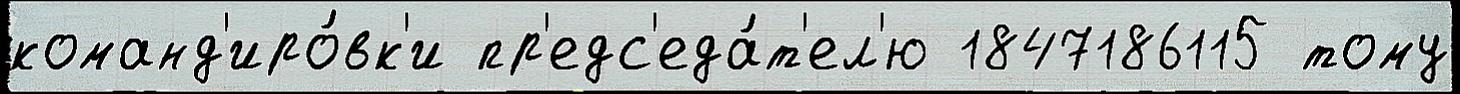
команд'иро́вк'и пр'едс'еда́т'ел'ю 1847186115 тому